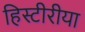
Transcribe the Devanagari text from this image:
हिस्टीरीया